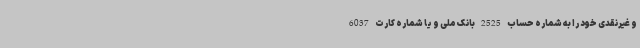
و غیرنقدی خود را به شماره حساب 2525 بانک ملی و یا شماره کارت 6037